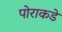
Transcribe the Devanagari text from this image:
पोराकडे